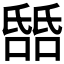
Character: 𬇎